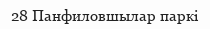
28 Панфиловшылар паркі